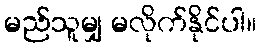
မည်သူမျှ မလိုက်နိုင်ပါ။